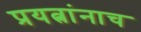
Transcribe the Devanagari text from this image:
प्रयत्नांनाच